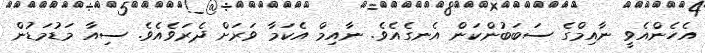
އެހެންއެވީ ނާއިމްގެ ސަބަބުންކަން އެނގެއެވެ. ނާއިމް އެކަމާ ވަރަށް ދެރަވެއެވެ. ސިއާ މަޑުމަޑުން